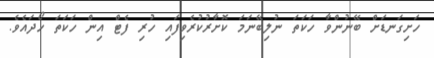
ހަށިގަނޑަށް ބޭނުންވާ ހަކަތަ ނުލިބޭނަމަ ކޮށާރުކުރެވިފައި ހުރި ފެޓް އިން ހަކަތަ ހޯދައެވެ.